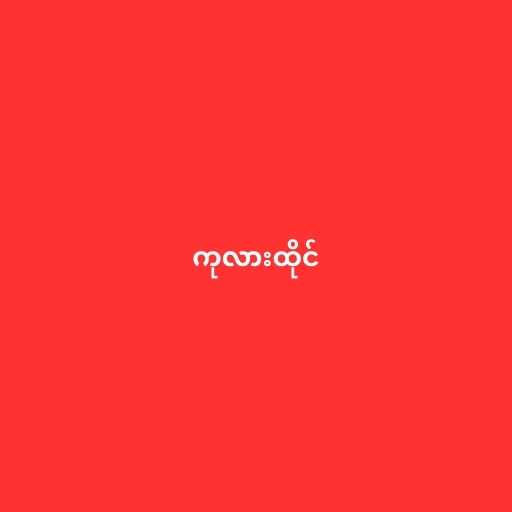
ကုလားထိုင်